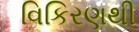
વિકિરણથી